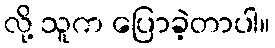
လို့ သူက ပြောခဲ့တာပါ။